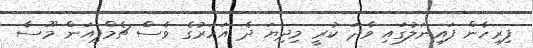
ފިރިހެން ފައިނަލުގައި ވާދަ ކުރީ މިދިޔަ ދެ އަހަރުގެ ވެސް ޗެމްޕިއަން މޫސާ